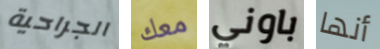
الجراحية معك باوني أنها